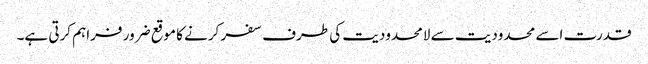
قدرت اسے محدودیت سے لامحدودیت کی طرف سفر کرنے کا موقع ضرور فراہم کرتی ہے۔